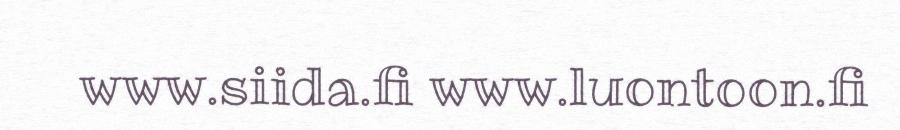
www.siida.fi www.luontoon.fi